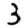
Digit: 3